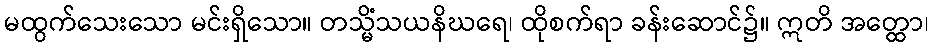
မထွက်သေးသော မင်းရှိသော။ တသ္မိံသယနိဃရေ၊ ထိုစက်ရာ ခန်းဆောင်၌။ ဣတိ အတ္ထော၊